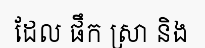
ដែល ផឹក ស្រា និង